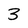
Character: 3